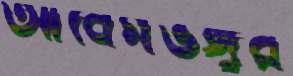
আবেগভঙ্গুর